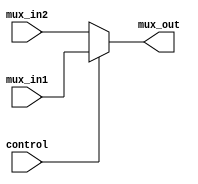
module mux2(mux_in1,mux_in2,control,mux_out);
input [31:0]mux_in1;
input [31:0]mux_in2;
input control;
output [31:0] mux_out;

assign mux_out = (control==1)?mux_in1:mux_in2;

endmodule

module mux3(mux_in1,mux_in2,mux_in3,control,mux_out);
input [31:0]mux_in1;
input [31:0]mux_in2;
input [31:0]mux_in3;
input [1:0]control;
output reg[31:0] mux_out;

always@(*)begin
    if(control==2'b00)
    begin
        mux_out=mux_in1;
    end
    else if(control==2'b01)
    begin
        mux_out=mux_in2;
    end
    else if(control==2'b10)
    begin
        mux_out=mux_in3;
    end
end

endmodule